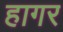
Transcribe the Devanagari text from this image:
हागर